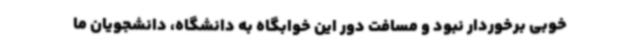
خوبی برخوردار نبود و مسافت دور این خوابگاه به دانشگاه، دانشجویان ما